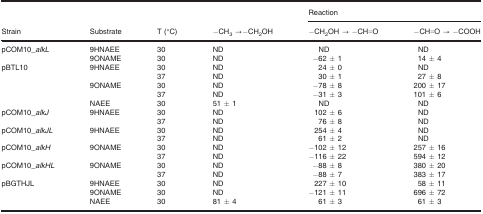
<table><thead><tr><td rowspan="2"><b>Strain</b></td><td rowspan="2"><b>Substrate</b></td><td rowspan="2"><b>T (°C)</b></td><td rowspan="2"><b>−CH<sub>3</sub> →−CH<sub>2</sub>OH</b></td><td colspan="2"><b>Reaction</b></td></tr><tr><td><b>−CH<sub>2</sub>OH → −CH=O</b></td><td><b>−CH=O → −COOH</b></td></tr></thead><tbody><tr><td rowspan="2">pCOM10_<i>alkL</i></td><td>9HNAEE</td><td>30</td><td>ND</td><td>ND</td><td>ND</td></tr><tr><td>9ONAME</td><td>30</td><td>ND</td><td>−62 ± 1</td><td>14 ± 4</td></tr><tr><td rowspan="5">pBTL10</td><td rowspan="2">9HNAEE</td><td>30</td><td>ND</td><td>24 ± 0</td><td>ND</td></tr><tr><td>37</td><td>ND</td><td>30 ± 1</td><td>27 ± 8</td></tr><tr><td rowspan="2">9ONAME</td><td>30</td><td>ND</td><td>−78 ± 8</td><td>200 ± 17</td></tr><tr><td>37</td><td>ND</td><td>−31 ± 3</td><td>101 ± 6</td></tr><tr><td>NAEE</td><td>30</td><td>51 ± 1</td><td>ND</td><td>ND</td></tr><tr><td rowspan="2">pCOM10_<i>alkJ</i></td><td rowspan="2">9HNAEE</td><td>30</td><td>ND</td><td>102 ± 6</td><td>ND</td></tr><tr><td>37</td><td>ND</td><td>76 ± 8</td><td>ND</td></tr><tr><td rowspan="2">pCOM10_<i>alkJL</i></td><td rowspan="2">9HNAEE</td><td>30</td><td>ND</td><td>254 ± 4</td><td>ND</td></tr><tr><td>37</td><td>ND</td><td>61 ± 2</td><td>ND</td></tr><tr><td rowspan="2">pCOM10_<i>alkH</i></td><td rowspan="2">9ONAME</td><td>30</td><td>ND</td><td>−102 ± 12</td><td>257 ± 16</td></tr><tr><td>37</td><td>ND</td><td>−116 ± 22</td><td>594 ± 12</td></tr><tr><td rowspan="2">pCOM10_<i>alkHL</i></td><td rowspan="2">9ONAME</td><td>30</td><td>ND</td><td>−88 ± 8</td><td>380 ± 20</td></tr><tr><td>37</td><td>ND</td><td>−88 ± 7</td><td>383 ± 17</td></tr><tr><td rowspan="3">pBGTHJL</td><td>9HNAEE</td><td>30</td><td>ND</td><td>227 ± 10</td><td>58 ± 11</td></tr><tr><td>9ONAME</td><td>30</td><td>ND</td><td>−121 ± 11</td><td>696 ± 72</td></tr><tr><td>NAEE</td><td>30</td><td>81 ± 4</td><td>61 ± 3</td><td>61 ± 3</td></tr></tbody></table>